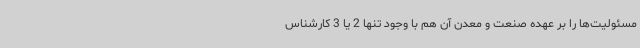
مسئولیت‌ها را بر عهده صنعت و معدن آن هم با وجود تنها 2 یا 3 کارشناس